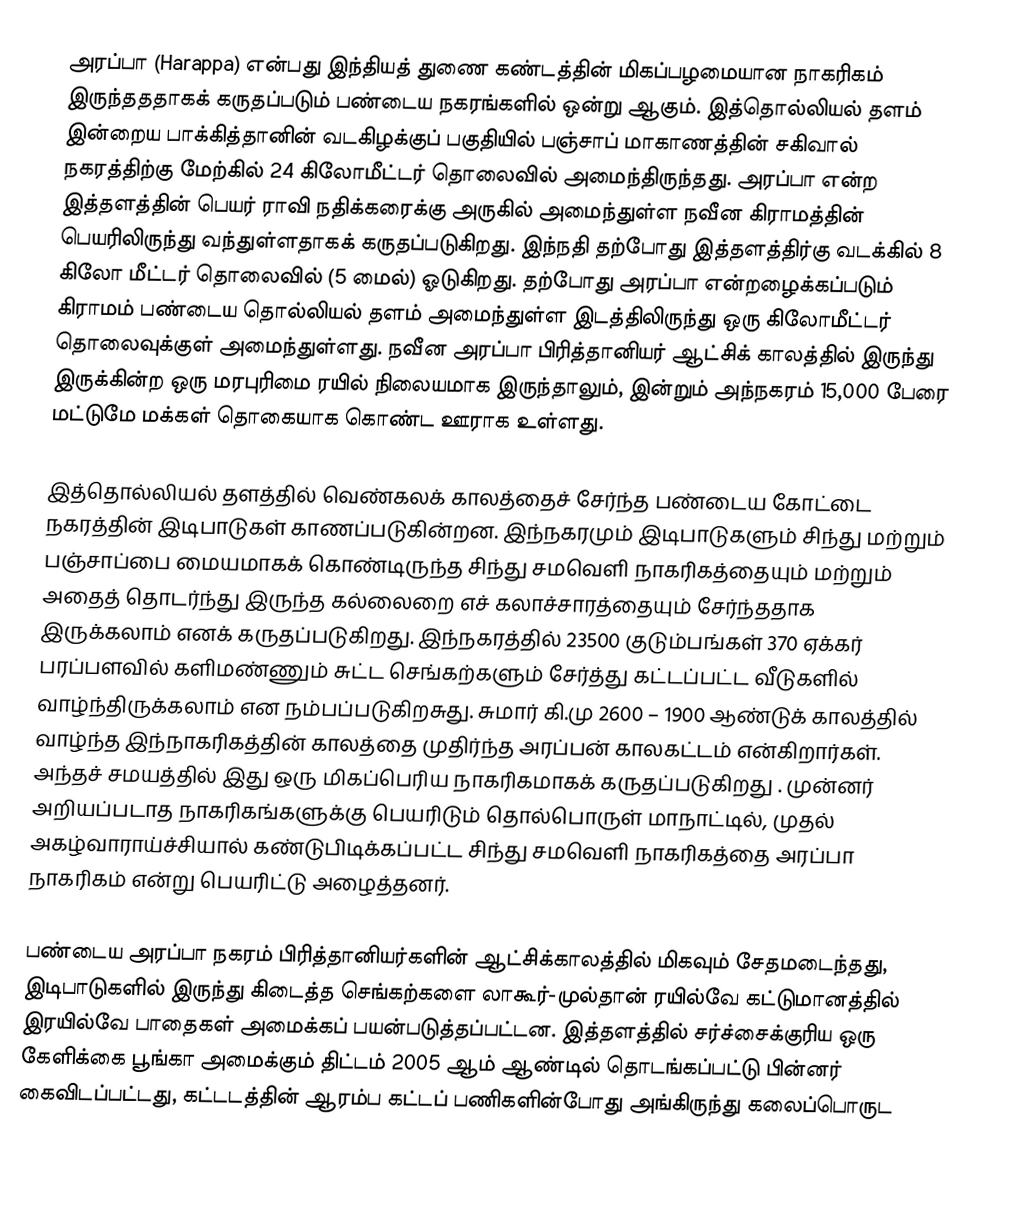
அரப்பா (Harappa) என்பது இந்தியத் துணை கண்டத்தின் மிகப்பழமையான நாகரிகம் இருந்தததாகக் கருதப்படும் பண்டைய நகரங்களில் ஒன்று ஆகும். இத்தொல்லியல் தளம் இன்றைய பாக்கித்தானின் வடகிழக்குப் பகுதியில் பஞ்சாப் மாகாணத்தின் சகிவால் நகரத்திற்கு மேற்கில் 24 கிலோமீட்டர் தொலைவில் அமைந்திருந்தது. அரப்பா என்ற இத்தளத்தின் பெயர் ராவி நதிக்கரைக்கு அருகில் அமைந்துள்ள நவீன கிராமத்தின் பெயரிலிருந்து வந்துள்ளதாகக் கருதப்படுகிறது. இந்நதி தற்போது இத்தளத்திர்கு வடக்கில் 8 கிலோ மீட்டர் தொலைவில் (5 மைல்) ஓடுகிறது. தற்போது அரப்பா என்றழைக்கப்படும் கிராமம் பண்டைய தொல்லியல் தளம் அமைந்துள்ள இடத்திலிருந்து ஒரு கிலோமீட்டர் தொலைவுக்குள் அமைந்துள்ளது. நவீன அரப்பா பிரித்தானியர் ஆட்சிக் காலத்தில் இருந்து இருக்கின்ற ஒரு மரபுரிமை ரயில் நிலையமாக இருந்தாலும், இன்றும்  அந்நகரம்  15,000 பேரை மட்டுமே மக்கள் தொகையாக கொண்ட ஊராக உள்ளது.

இத்தொல்லியல் தளத்தில் வெண்கலக் காலத்தைச் சேர்ந்த பண்டைய கோட்டை நகரத்தின் இடிபாடுகள் காணப்படுகின்றன. இந்நகரமும் இடிபாடுகளும் சிந்து மற்றும் பஞ்சாப்பை மையமாகக் கொண்டிருந்த சிந்து சமவெளி நாகரிகத்தையும் மற்றும் அதைத் தொடர்ந்து இருந்த கல்லைறை எச் கலாச்சாரத்தையும் சேர்ந்ததாக இருக்கலாம் எனக் கருதப்படுகிறது. இந்நகரத்தில் 23500 குடும்பங்கள் 370 ஏக்கர் பரப்பளவில் களிமண்ணும் சுட்ட செங்கற்களும் சேர்த்து கட்டப்பட்ட வீடுகளில் வாழ்ந்திருக்கலாம் என நம்பப்படுகிறசுது. சுமார் கி.மு 2600 – 1900 ஆண்டுக் காலத்தில் வாழ்ந்த இந்நாகரிகத்தின் காலத்தை முதிர்ந்த அரப்பன் காலகட்டம் என்கிறார்கள். அந்தச் சமயத்தில் இது ஒரு மிகப்பெரிய நாகரிகமாகக் கருதப்படுகிறது . முன்னர் அறியப்படாத நாகரிகங்களுக்கு பெயரிடும் தொல்பொருள் மாநாட்டில், முதல் அகழ்வாராய்ச்சியால் கண்டுபிடிக்கப்பட்ட சிந்து சமவெளி நாகரிகத்தை அரப்பா நாகரிகம் என்று பெயரிட்டு  அழைத்தனர்.

பண்டைய அரப்பா நகரம் பிரித்தானியர்களின்  ஆட்சிக்காலத்தில் மிகவும் சேதமடைந்தது, இடிபாடுகளில் இருந்து கிடைத்த செங்கற்களை  லாகூர்-முல்தான் ரயில்வே கட்டுமானத்தில் இரயில்வே பாதைகள் அமைக்கப்  பயன்படுத்தப்பட்டன.  இத்தளத்தில் சர்ச்சைக்குரிய ஒரு கேளிக்கை பூங்கா அமைக்கும் திட்டம் 2005 ஆம் ஆண்டில் தொடங்கப்பட்டு பின்னர் கைவிடப்பட்டது, கட்டடத்தின் ஆரம்ப கட்டப் பணிகளின்போது அங்கிருந்து கலைப்பொருட